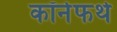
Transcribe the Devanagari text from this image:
कॉर्नफर्थ